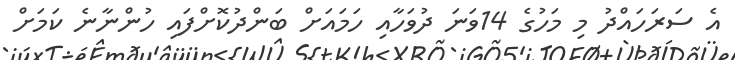
އެ ސަރަހައްދު މި މަހުގެ 14ވަނަ ދުވަހާއި ހަމައަށް ބަންދުކޮށްފައި ހުންނާނެ ކަމަށް